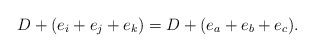
\begin{align*}D+(e_i+e_j+e_k)=D+(e_a+e_b+e_c).\end{align*}